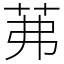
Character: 茀